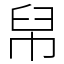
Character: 帠